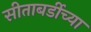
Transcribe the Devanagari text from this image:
सीताबर्डीच्या